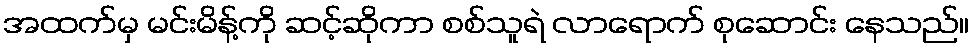
အထက်မှ မင်းမိန့်ကို ဆင့်ဆိုကာ စစ်သူရဲ လာရောက် စုဆောင်း နေသည်။